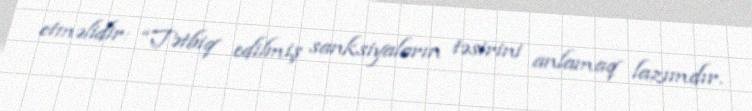
etməlidir: “Tətbiq edilmiş sanksiyaların təsirini anlamaq lazımdır.